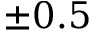
\pm 0 . 5